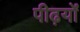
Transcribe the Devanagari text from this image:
पीढ़यों